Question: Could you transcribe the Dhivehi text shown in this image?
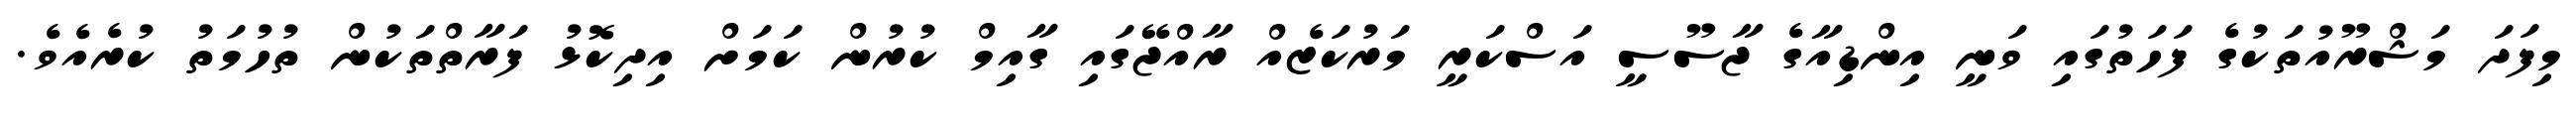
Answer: މިފަދަ މަޝްރޫއުތަކުގެ ފަހަތުގައި ވަނީ އިންޑިއާގެ ޖާސޫސީ އަސްކަރީ މަރުކަޒެއް ރާއްޖޭގައި ގާއިމް ކުރުން ކަމަށް އިދިކޮޅު ފަރާތްތަކުން ތުހުމަތު ކުރެއެވެ.